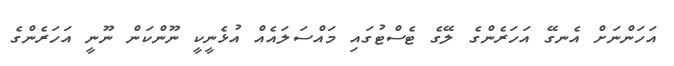
އަހަންނަށް އެނގޭ އަހަރެންގެ ލޭގެ ޓެސްޓުގައި މައްސަލައެއް އުޅެނީކީ ނޫންކަން ނޫނީ އަހަރެންގެ